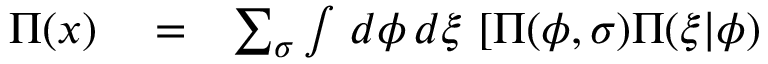
\begin{array} { r l r } { \Pi ( x ) } & { { } = } & { \sum _ { \sigma } \int \, d \phi \, d \xi \, \left[ \Pi ( \phi , \sigma ) \Pi ( \xi | \phi ) \right. } \end{array}